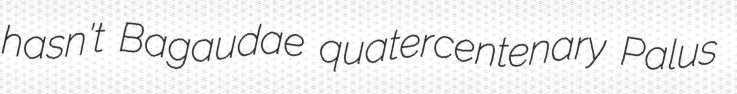
hasn't Bagaudae quatercentenary Palus